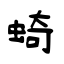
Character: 䗁